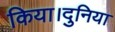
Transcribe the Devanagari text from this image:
किया।दुनिया